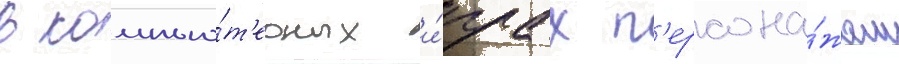
В компью́т'ерных и́грах п'ерсона́жам